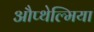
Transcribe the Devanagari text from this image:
औप्थेल्मिया